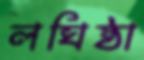
লঘিষ্ঠা